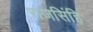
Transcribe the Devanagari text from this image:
राजसिंहि